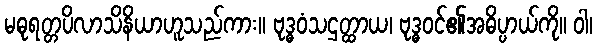
မဓုရတ္တပိလာသိနိယာဟူသည်ကား။ ဗုဒ္ဓဝံသဌတ္ထာယ၊ ဗုဒ္ဓဝင်၏အဓိပ္ပာယ်ကို။ ဝါ၊